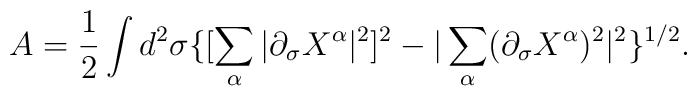
A=\frac{1}{2}\int d^2\sigma \{[\sum_{\alpha}|\partial_{\sigma}X^{\alpha}|^2]^2-|\sum_{\alpha}(\partial_{\sigma}X^{\alpha})^2|^2\}^{1/2}.